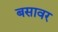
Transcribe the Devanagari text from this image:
बसावर